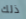
ذلك